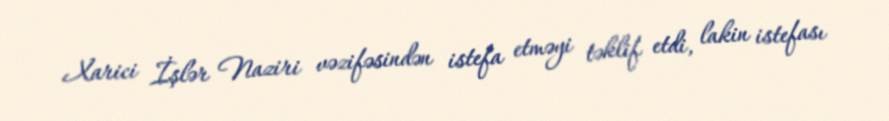
Xarici İşlər Naziri vəzifəsindən istefa etməyi təklif etdi, lakin istefası